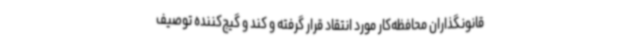
قانونگذاران محافظه‌کار مورد انتقاد قرار گرفته و کند و گیج‌کننده توصیف